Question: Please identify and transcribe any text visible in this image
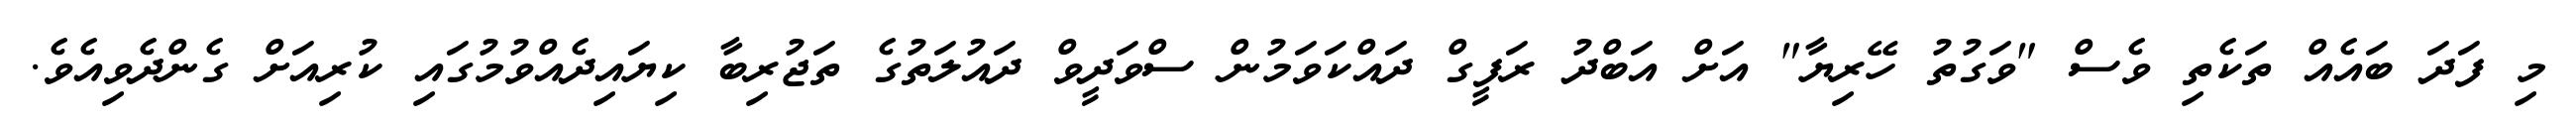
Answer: މި ފަދަ ބައެއް ތަކެތި ވެސް "ވަގުތު ހޭރިޔާ" އަށް އަބްދު ރަފީގް ދައްކަވަމުން ސްވަދީވް ދައުލަތުގެ ތަޖުރިބާ ކިޔައިދެއްވުމުގައި ކުރިއަށް ގެންދެވިއެވެ.